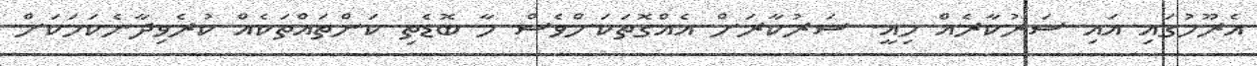
އެރޫހުގައި އައި ސަރުކާރެއް މިއީ. ސަރުކާރަށް އެއްގޮތަކަށްވެސް މާ ބޮޑެތި ކަންތައްތަކެއް ކުރެވިދާނެކަމަކަށް